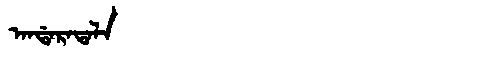
Manchu: ᠠᠨᡩᠠᡵᠠᡨᠠᠯᠠ
Romanization: ANDARATALA